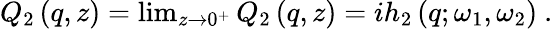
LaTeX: \begin{array}{r}{Q_{2}\left(q,z\right)=\operatorname*{lim}_{z\to 0^{+}}Q_{2}\left(q,z\right)=ih_{2}\left(q;\omega_{1},\omega_{2}\right)\ .}\end{array}